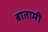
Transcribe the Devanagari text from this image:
बातामी